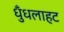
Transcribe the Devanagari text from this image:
धुँधलाहट